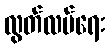
လွတ်လပ်ရေး